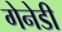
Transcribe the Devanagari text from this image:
गेनेडी